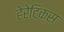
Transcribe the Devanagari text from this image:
हेरेटिक्स